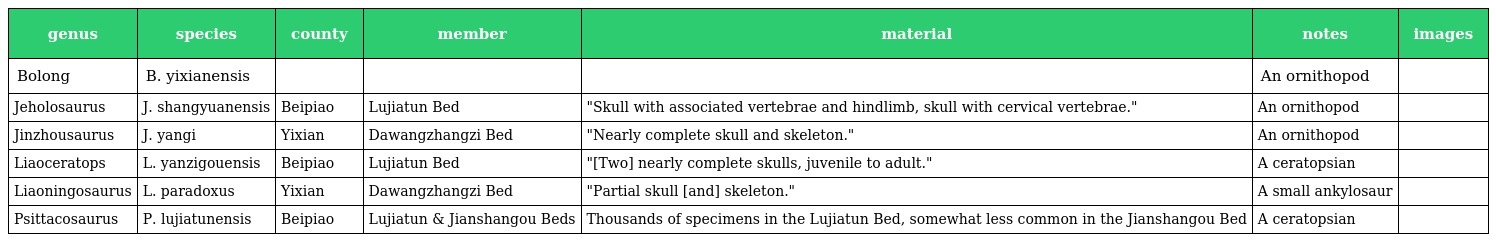
| genus | species | county | member | material | notes | images |
 | --- | --- | --- | --- | --- | --- | --- |
 | Bolong | B. yixianensis |  |  |  | An ornithopod |  |
 | Jeholosaurus | J. shangyuanensis | Beipiao | Lujiatun Bed | "Skull with associated vertebrae and hindlimb, skull with cervical vertebrae." | An ornithopod |  |
 | Jinzhousaurus | J. yangi | Yixian | Dawangzhangzi Bed | "Nearly complete skull and skeleton." | An ornithopod |  |
 | Liaoceratops | L. yanzigouensis | Beipiao | Lujiatun Bed | "[Two] nearly complete skulls, juvenile to adult." | A ceratopsian |  |
 | Liaoningosaurus | L. paradoxus | Yixian | Dawangzhangzi Bed | "Partial skull [and] skeleton." | A small ankylosaur |  |
 | Psittacosaurus | P. lujiatunensis | Beipiao | Lujiatun & Jianshangou Beds | Thousands of specimens in the Lujiatun Bed, somewhat less common in the Jianshangou Bed | A ceratopsian |  |